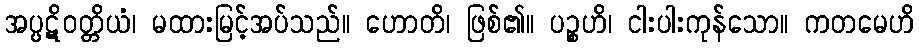
အပ္ပဋိဝတ္တိယံ၊ မထားမြင့်အပ်သည်။ ဟောတိ၊ ဖြစ်၏။ ပဉ္စဟိ၊ ငါးပါးကုန်သော။ ကတမေဟိ